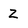
Character: Z